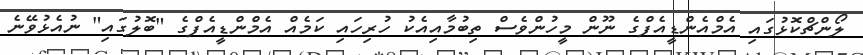
ލޯންޗްކޮޅުގައި އެމްއެންޑީއެފްގެ ނޫން މީހުންވެސް ތިބުމާއިއެކު ހުރިހައި ކަމެއް އެމްެންޑީއެފްގެ "ބޮލުގައި" ނުއެޅުވޭނެ